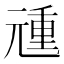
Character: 𰃏